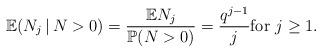
LaTeX: \begin{align*}\mathbb{E}( N_j \,|\, N > 0 ) = \frac{ \mathbb{E} N_j }{ \mathbb{P} ( N > 0 ) } = \frac{ q^{j-1} }{j} \mbox{for } j \ge 1.\end{align*}